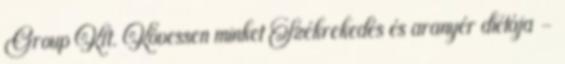
Group Kft. Kövessen minket Székrekedés és aranyér diétája -